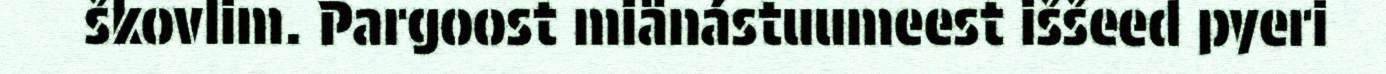
škovlim. Pargoost miänástuumeest iššeed pyeri